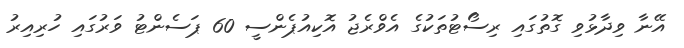
އޭނާ ވިދާޅުވި ގޮތުގައި ރިސޯޓުތަކުގެ އެވްރެޖު އޮކިއުޕެންސީ 60 ޕަސެންޓު ވަރުގައި ހުރިއިރު